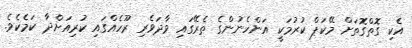
އެކި ގޮތްގޮތަށް މޭކަޕް ކުރުމަކީ އަންހެނުންގެ ތެރޭގައި ވާދަވެރި ރޫހެއްގައި ކުރިއަށްދާ ކަމެކެވެ.